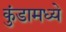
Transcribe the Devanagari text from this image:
कुंडामध्ये